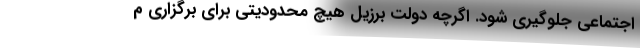
اجتماعی جلوگیری شود. اگرچه دولت برزیل هیچ محدودیتی برای برگزاری م